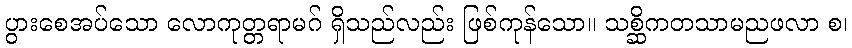
ပွားစေအပ်သော လောကုတ္တရာမဂ် ရှိသည်လည်း ဖြစ်ကုန်သော။ သစ္ဆိကတသာမညဖလာ စ၊